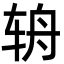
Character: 辀